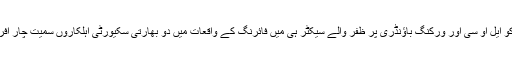
اس سے پہلے سنیچر کو ایل او سی اور ورکنگ باؤنڈری پر ظفر والے سیکٹر ہی میں فائرنگ کے واقعات میں دو بھارتی سکیورٹی اہلکاروں سمیت چار افراد ہلاک ہو گئے تھے۔